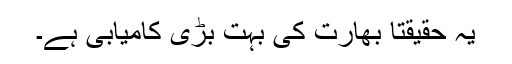
یہ حقیقتاً بھارت کی بہت بڑی کامیابی ہے۔